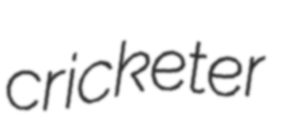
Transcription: cricketer